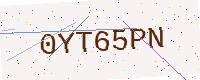
Text: 0YT65PN